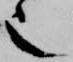
也